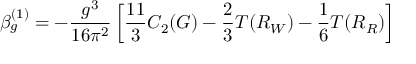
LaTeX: \beta _ { g } ^ { ( 1 ) } = - \frac { g ^ { 3 } } { 1 6 \pi ^ { 2 } } \left[ \frac { 1 1 } { 3 } C _ { 2 } ( G ) - \frac { 2 } { 3 } T ( R _ { W } ) - \frac { 1 } { 6 } T ( R _ { R } ) \right]